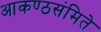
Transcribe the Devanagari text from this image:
आकण्ठसंमिते